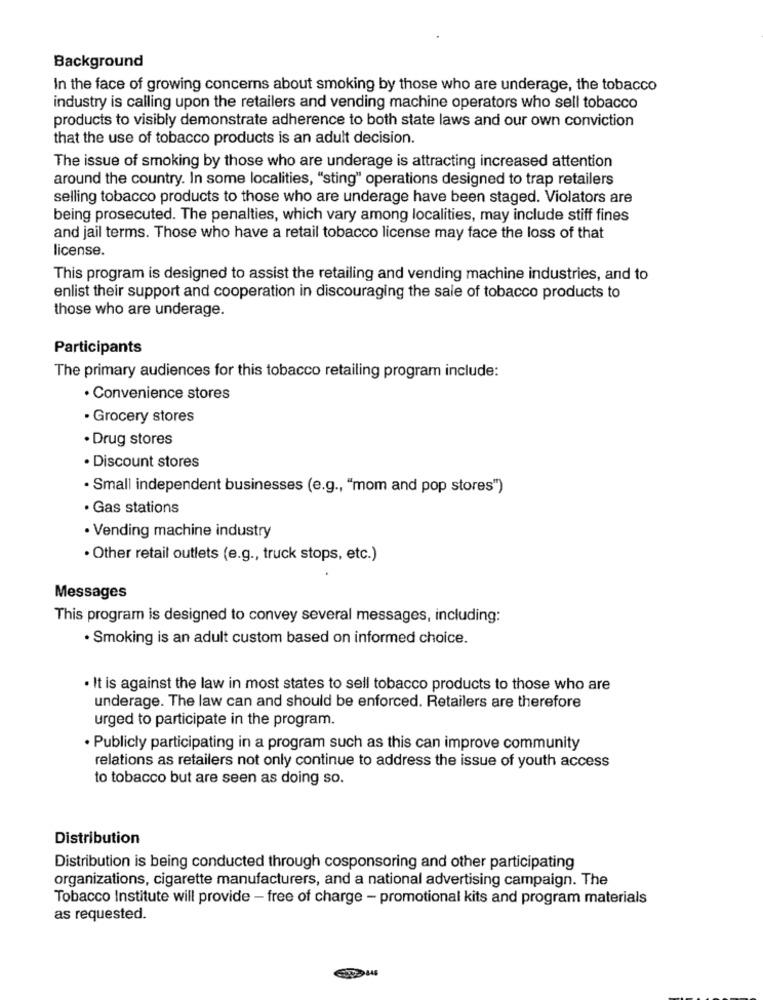
Background
In the face of growing concerns about smoking by those who are underage, the tobacco
industry is calling upon the retailers and vending machine operators who sell tobacco
products to visibly demonstrate adherence to both state laws and our own conviction
that the use of tobacco products is an adult decision.
The issue of smoking by those who are underage is attracting increased attention
around the country. In some localities, "sting" operations designed to trap retailers
selling tobacco products to those who are underage have been staged. Violators are
being prosecuted. The penalties, which vary among localities, may include stiff fines
and jail terms. Those who have a retail tobacco license may face the loss of that
license.
This program is designed to assist the retailing and vending machine industries, and to
enlist their support and cooperation in discouraging the sale of tobacco products to
those who are underage.
Participants
The primary audiences for this tobacco retailing program include:
· Convenience stores
· Grocery stores
· Drug stores
· Discount stores
· Small independent businesses (e.g ., "mom and pop stores")
· Gas stations
· Vending machine industry
· Other retail outlets (e.g ., truck stops, etc.)
Messages
This program is designed to convey several messages, including:
· Smoking is an adult custom based on informed choice.
. It is against the law in most states to sell tobacco products to those who are
underage. The law can and should be enforced. Retailers are therefore
urged to participate in the program.
· Publicly participating in a program such as this can improve community
relations as retailers not only continue to address the issue of youth access
to tobacco but are seen as doing so.
Distribution
Distribution is being conducted through cosponsoring and other participating
organizations, cigarette manufacturers, and a national advertising campaign. The
Tobacco Institute will provide - free of charge - promotional kits and program materials
as requested.